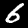
Label: 6